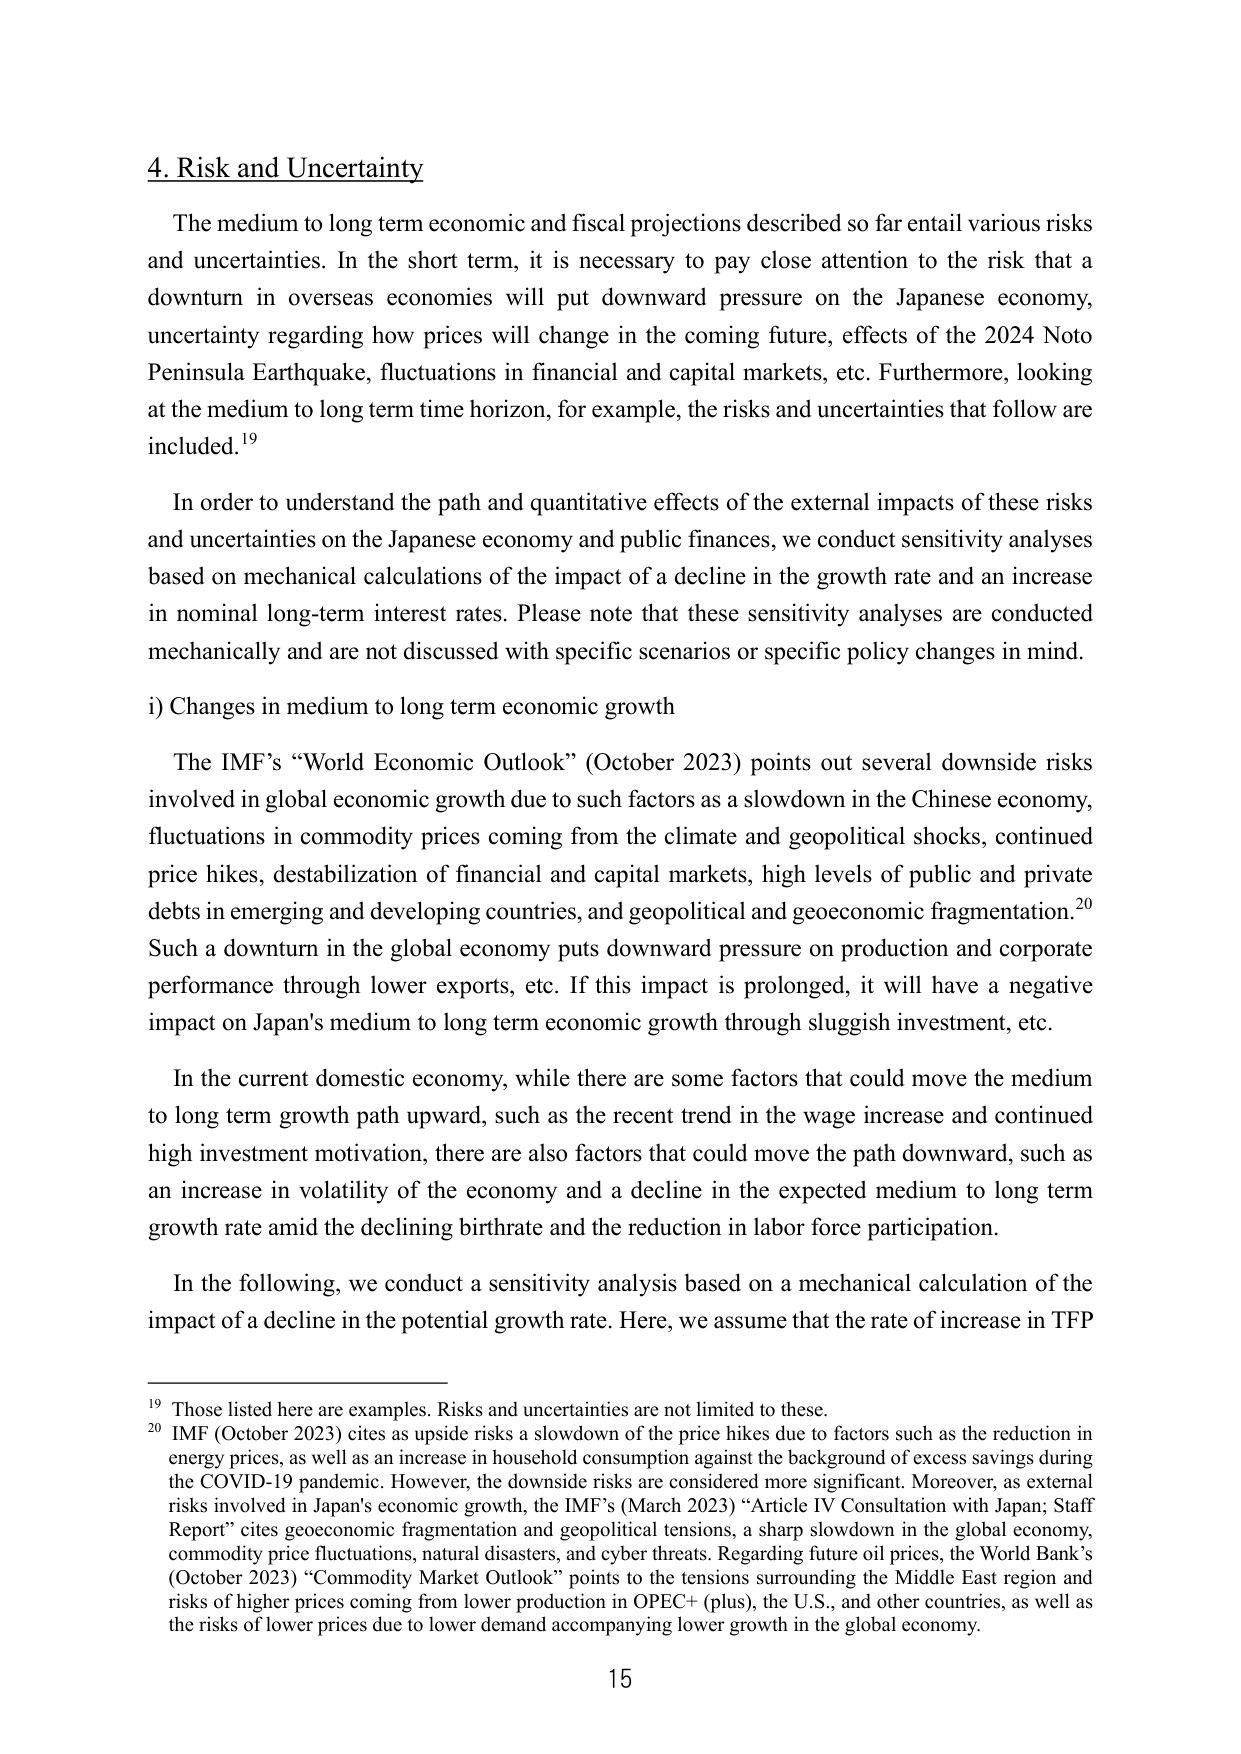
4. Risk and Uncertainty

The medium to long term economic and fiscal projections described so far entail various risks and uncertainties. In the short term, it is necessary to pay close attention to the risk that a downturn in overseas economies will put downward pressure on the Japanese economy, uncertainty regarding how prices will change in the coming future, effects of the 2024 Noto Peninsula Earthquake, fluctuations in financial and capital markets, etc. Furthermore, looking at the medium to long term time horizon, for example, the risks and uncertainties that follow are included.¹⁹

In order to understand the path and quantitative effects of the external impacts of these risks and uncertainties on the Japanese economy and public finances, we conduct sensitivity analyses based on mechanical calculations of the impact of a decline in the growth rate and an increase in nominal long-term interest rates. Please note that these sensitivity analyses are conducted mechanically and are not discussed with specific scenarios or specific policy changes in mind.

i) Changes in medium to long term economic growth

The IMF’s “World Economic Outlook” (October 2023) points out several downside risks involved in global economic growth due to such factors as a slowdown in the Chinese economy, fluctuations in commodity prices coming from the climate and geopolitical shocks, continued price hikes, destabilization of financial and capital markets, high levels of public and private debts in emerging and developing countries, and geopolitical and geoeconomic fragmentation.²⁰ Such a downturn in the global economy puts downward pressure on production and corporate performance through lower exports, etc. If this impact is prolonged, it will have a negative impact on Japan’s medium to long term economic growth through sluggish investment, etc.

In the current domestic economy, while there are some factors that could move the medium to long term growth path upward, such as the recent trend in the wage increase and continued high investment motivation, there are also factors that could move the path downward, such as an increase in volatility of the economy and a decline in the expected medium to long term growth rate amid the declining birthrate and the reduction in labor force participation.

In the following, we conduct a sensitivity analysis based on a mechanical calculation of the impact of a decline in the potential growth rate. Here, we assume that the rate of increase in TFP

¹⁹ Those listed here are examples. Risks and uncertainties are not limited to these.
²⁰ IMF (October 2023) cites as upside risks a slowdown of the price hikes due to factors such as the reduction in energy prices, as well as an increase in household consumption against the background of excess savings during the COVID-19 pandemic. However, the downside risks are considered more significant. Moreover, as external risks involved in Japan’s economic growth, the IMF’s (March 2023) “Article IV Consultation with Japan: Staff Report” cites geoeconomic fragmentation and geopolitical tensions, a sharp slowdown in the global economy, commodity price fluctuations, natural disasters, and cyber threats. Regarding future oil prices, the World Bank’s (October 2023) “Commodity Market Outlook” points to the tensions surrounding the Middle East region and risks of higher prices coming from lower production in OPEC+ (plus), the U.S., and other countries, as well as the risks of lower prices due to lower demand accompanying lower growth in the global economy.

15